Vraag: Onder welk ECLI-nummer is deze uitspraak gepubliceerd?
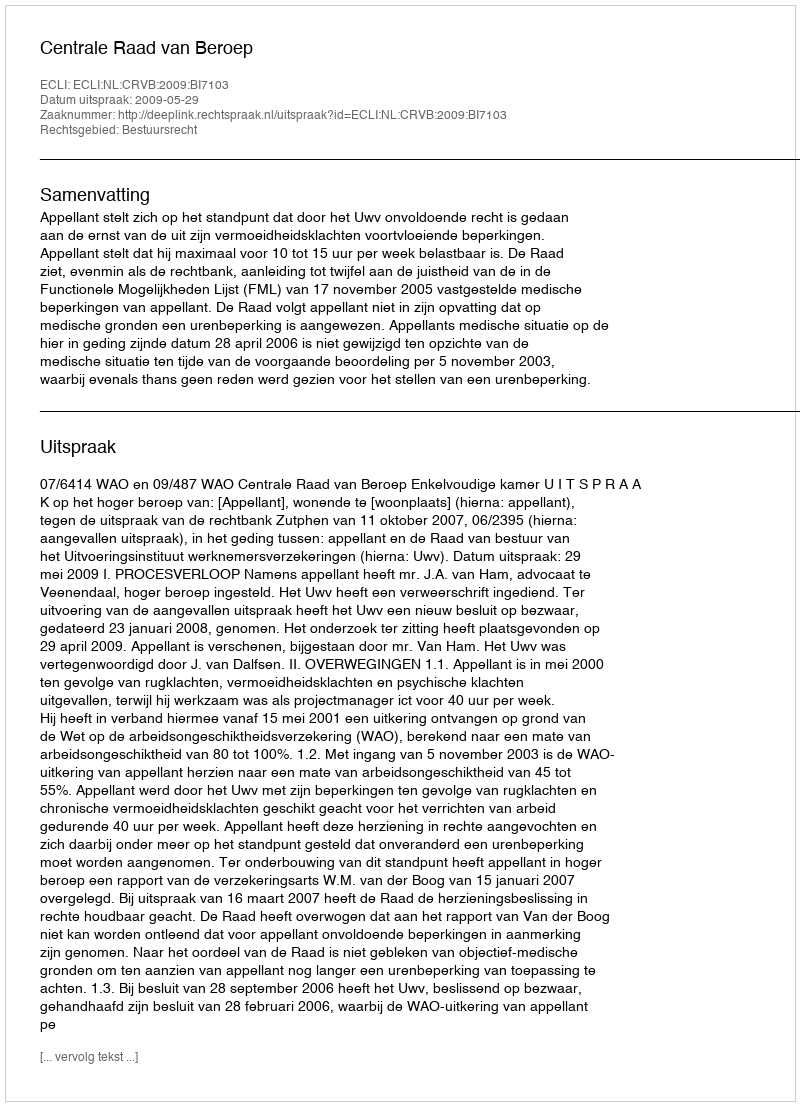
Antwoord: ECLI:NL:CRVB:2009:BI7103